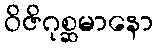
ဝိဇိဂုစ္ဆမာနော